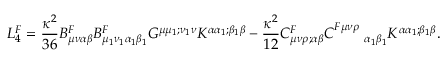
L _ { 4 } ^ { F } = \frac { \kappa ^ { 2 } } { 3 6 } B _ { \mu \nu \alpha \beta } ^ { F } B _ { \mu _ { 1 } \nu _ { 1 } \alpha _ { 1 } \beta _ { 1 } } ^ { F } G ^ { \mu \mu _ { 1 } ; \nu _ { 1 } \nu } K ^ { \alpha \alpha _ { 1 } ; \beta _ { 1 } \beta } - \frac { \kappa ^ { 2 } } { 1 2 } C _ { \mu \nu \rho ; \alpha \beta } ^ { F } C _ { ~ ~ ~ ~ ~ ~ \alpha _ { 1 } \beta _ { 1 } } ^ { F \mu \nu \rho } K ^ { \alpha \alpha _ { 1 } ; \beta _ { 1 } \beta } .